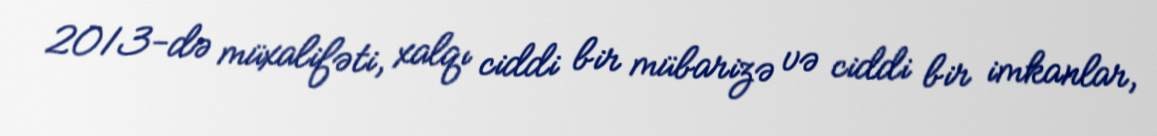
2013-də müxalifəti, xalqı ciddi bir mübarizə və ciddi bir imkanlar,